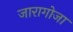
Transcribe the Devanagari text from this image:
जारागोजा